Vana-Antsla_vallavalitsus, lk 145
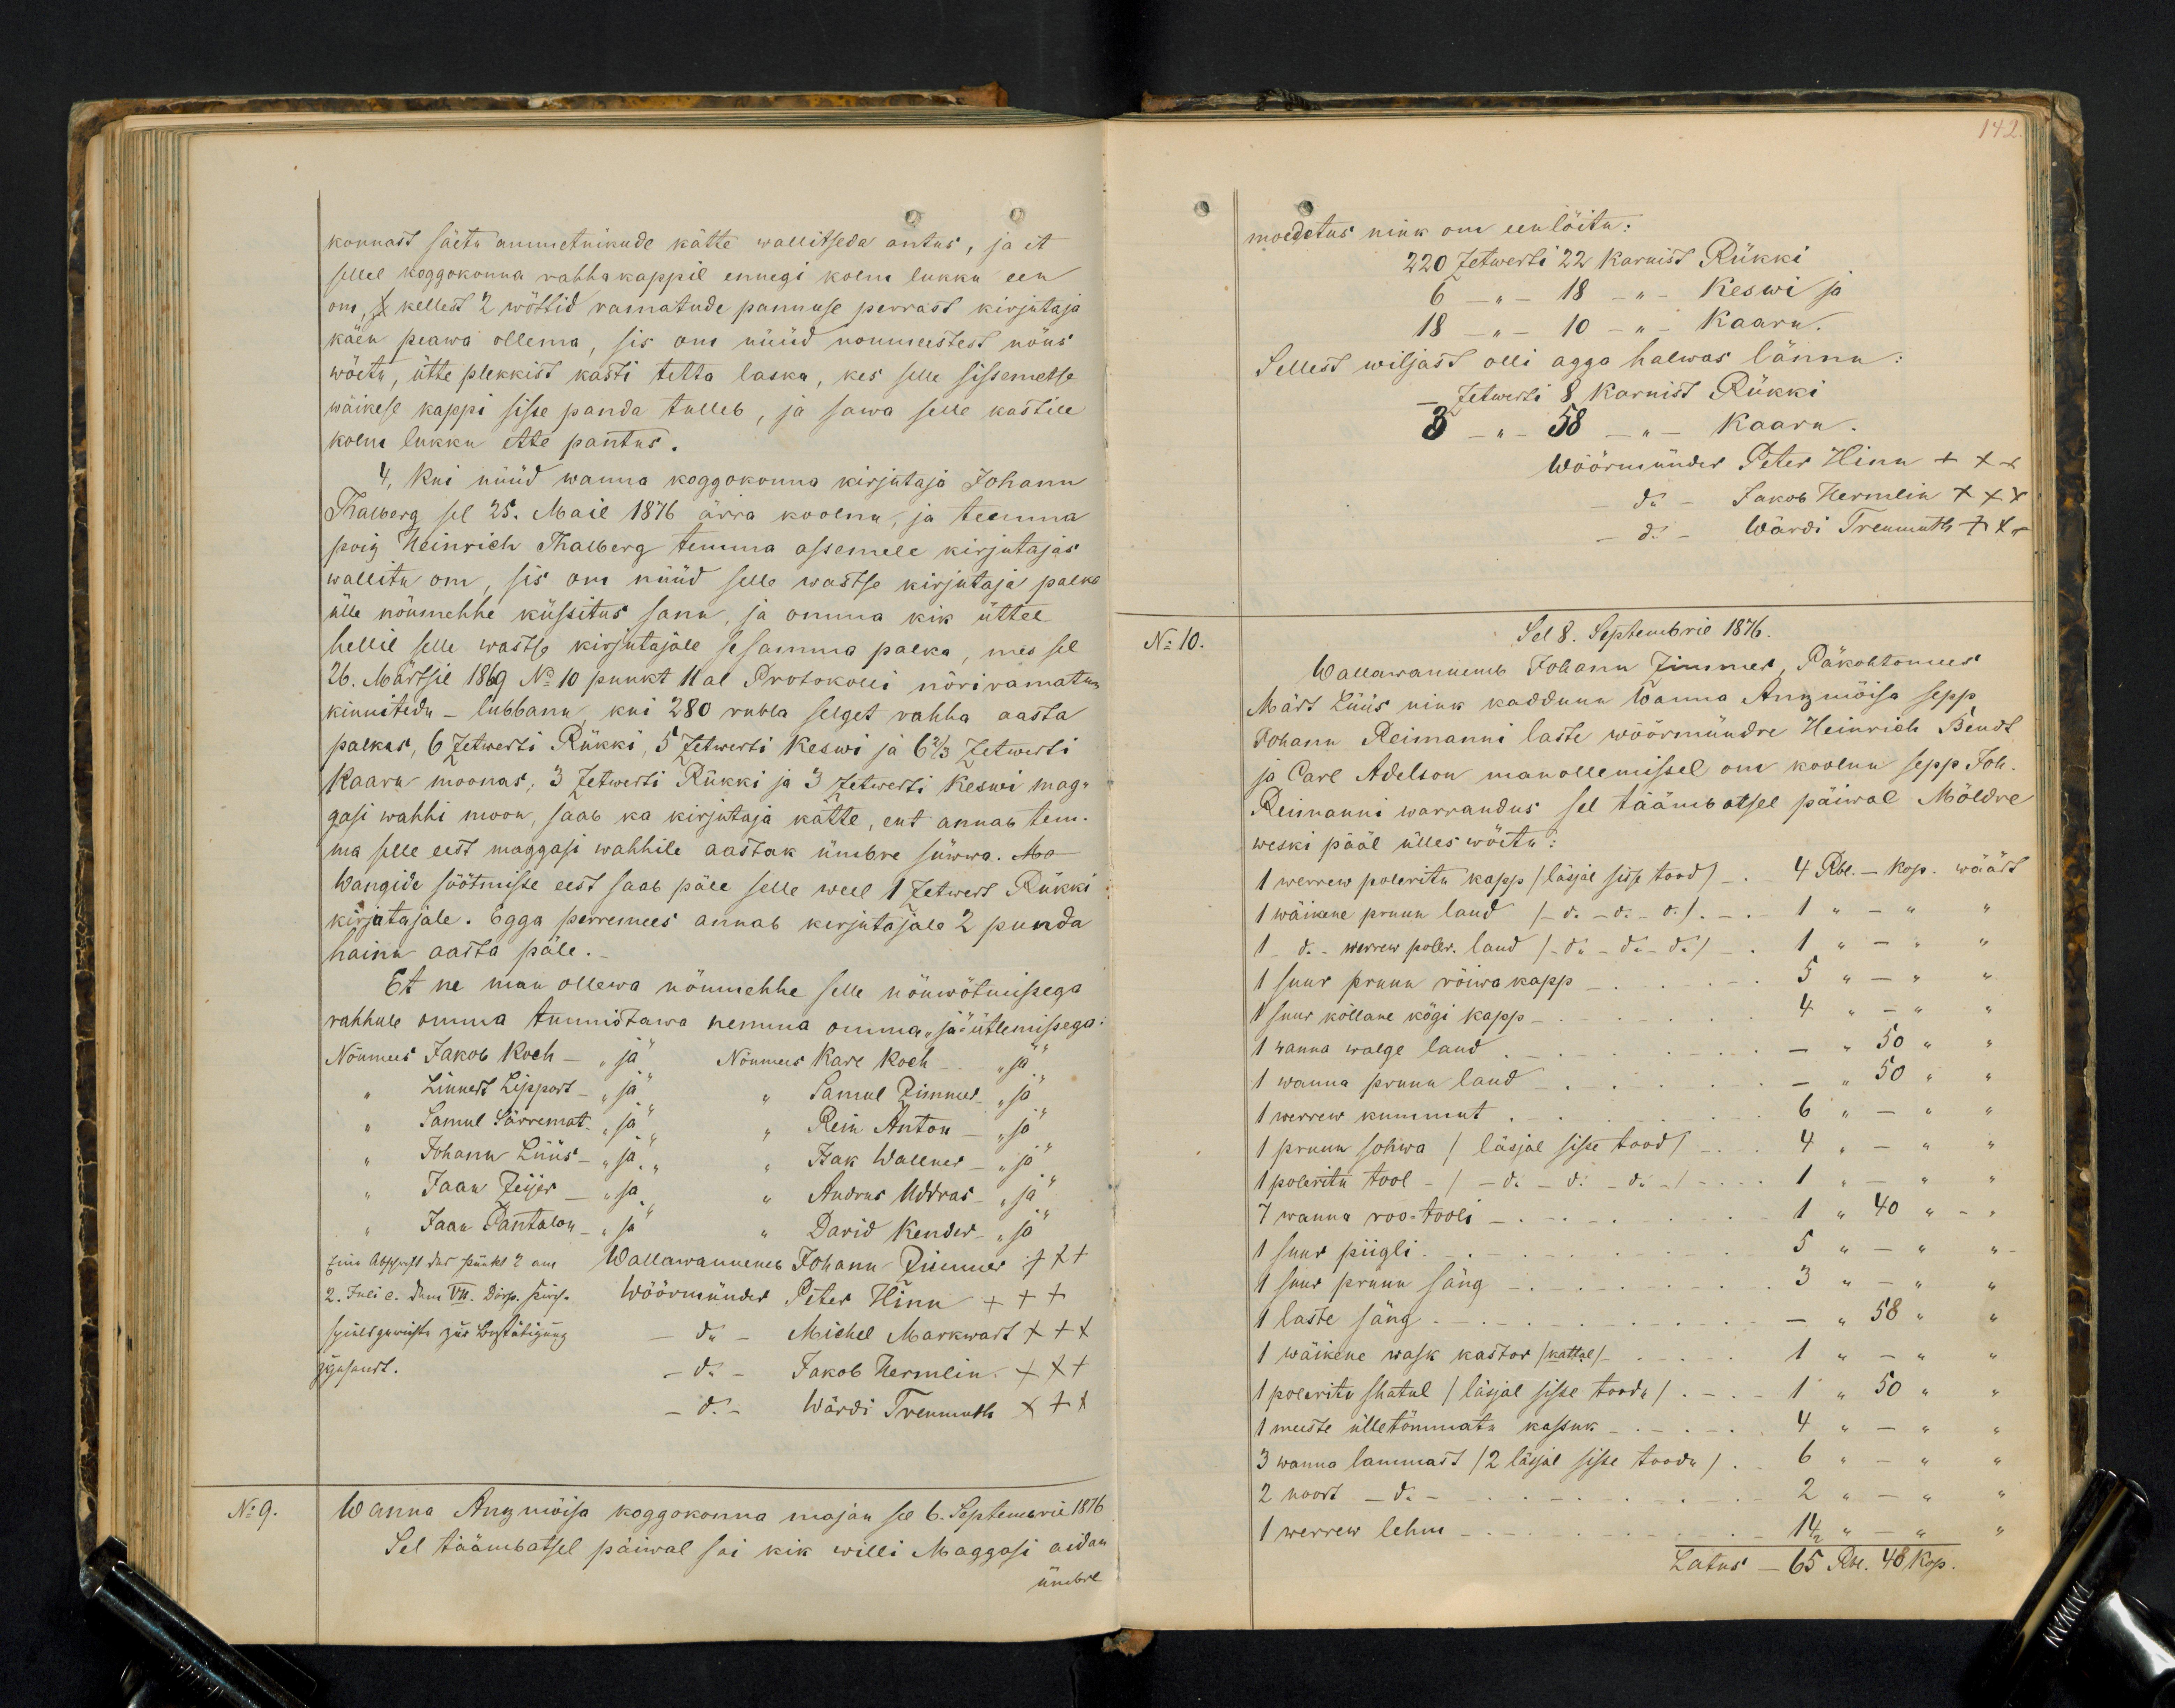
konnast säetu ammetnikude kätte wallitseda antus, ja et
sellel koggokonna rahhakappil ennegi kolm lukku een
on, X kellest 2 wöttid ramatude pannuse perrast kirjutaja
käen peawa ollema, sis om nüüd noumeestest nöus
wöetu, ütte plekkist kasti tetta laska, kes selle sissemetse
wäikese kappi sisse panda tulleb, ja sawa selle kastile
kolm lukku ette pantus.
4, kui nüüd wanna koggokonna kirjutaja Johann
Thalberg sel 25. Mail 1876 ärra koolnu ja temma
poig Heinrich Thalberg temma assemele kirjutajas
wallitu on, sis om nüüd selle wastse kirjutaja palka
ülle nöumehhe küssitus sanu, ja omma kik üttel
hellil selle wastse kirjutajale sesamma palka, mes sel
26. Märtsil 1869 No 10 punkt 11al Protokolli nöriramatus
kinnitedu - lubbanu, kui 280 rubla selget rahha aasta
palkas, 6 Zetwerti Rükki, 5 Zetwerti Keswi ja 6 2/3 Zetwerti
Kaaru moonas, 3 Zetwerti Rükki ja 3 Zetwerti keswi mag-
gasi wahhi moon, saab ka kirjutaja kätte, ent annab tem-
ma selle eest maggasi wahhile aastak ümbre süwwa. Mo
Wangide söötmisse eest saab päle selle weel 1 Zetwert Rükki
kirjutajale. Egga perremees annab kirjutajale 2 punda
hainu aasta päle.
Et ne maa ollewa nõumehhe selle nõuwõtmisega
rahhule omma tunnistawa tenna omma "ja" ütlemisega
Nöumees Jakob Koch - "ja" Nöumees Karl Koch - "ja
" Linnert Lippart - "ja" " Samul Zimmer "ja
" Samul Särremat "ja" " Rein Anton - "ja"
" Johann Lüüs - "ja" " Isak Walener - "ja"
" Jaan Zeijer - "ja" " Andrus Uddras "ja"
" Jaan Pantolon - "ja" " David Kender - "ja"
Wallawannemb Johann Zimmer xxx
Wöörmünder Peter Hinn +++
- do - Michel Markwart +++
- do - Jakob Hermlin XXX
- do - Wärdi Treumuth XXX
No 9.
Wanna Anzmöisa koggokonna majan sel 6. Septembril 1876
Sel täämbatsel päiwal sai kik willi Maggasi aidan
ümbre

142
moedetus nink om een löitu:
220 Zetwerti 22 Karnist Rükki
6 " " 18 - " Keswi ja
18 - " 10 - " Kaaru.
Sellest wiljast olli agga halwas lännu:
Zetwerti 8. Karnist Rükki
3 " " 58 - " Kaaru.
Wöörumünder Peter Hinn +++
do - Jakob Hermlin XXX
do - Wärdi Treumuth XXX
No 10.
Sel 8. Septembril 1876.
Wallawannemb Johann Zimmer, Päkohtomees
Märt Lüüs nink kaddunu Wanna Anzmöisa sepp
Johann Reimanni laste wöörmündre Heinrich Bendt
ja Carl Adelson manollemissel om koolnu sepp. Joh.
Reimanni warrandus sel täämbatsel päiwal Möldre
weski pääl ülles wõitu:
1 werrew poleritu kapp (läsjal sisse tood) - 4 Rbl. - kop. wäärt
1 wäikene pruun laud (- do - do - do) - 1 " - " "
1 do - Werrew pooler. laud (- do - do - do) - 1 " - " "
1 suur pruun rõiwa kapp - - 5 " - " "
N suur kõllane kögi kapp - - 4 " - " "
1 wanna walge laud - - " 50 " "
1 wanna pruun laud - - " 50 " "
1 werrew kummut - 6 " - " "
1 pruun sohwa /läsjal sisse tood/ - 4 " - " "
1 poleritu tool - 1 /- do - do - do/ 1 " - " "
7 wanna roo-tooli - - 1 " 40 " - "
1 suur piigli - - 5 " - " "
1 suur pruun säng - - - 3 " - " "
1 laste säng - - " 58 " "
1 wäikene wask kastor (kattal) - 1 " - " "
1 poleeritu shatul /läsjal sisse toodu/ - - 1 " 50 " "
1 meeste ülletömmatu kassuk - - 4 " - "
3 wanna lammast (2 läsjal sisse toodu) 6 " - " "
2 noort - do - - - 2 " - " "
1 werrew lehm - - - 14 " - "
Latus - 65 Rbl. 48 kop.